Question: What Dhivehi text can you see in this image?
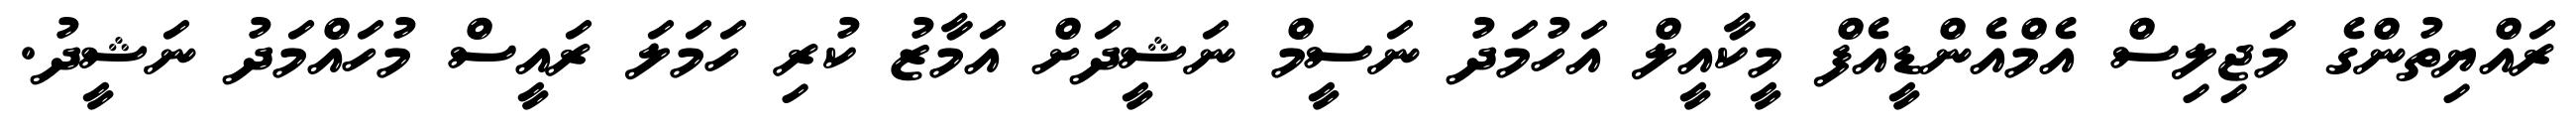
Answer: ރައްޔިތުންގެ މަޖިލިސް އެމްއެންޑީއެފް މީކާއީލް އަހުމަދު ނަސީމް ނަޝީދަށް އަމާޒު ކުރި ހަމަލަ ރައީސް މުހައްމަދު ނަޝީދު.